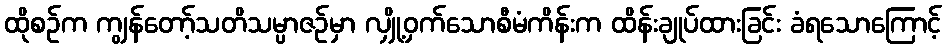
ထိုစဉ်က ကျွန်တော့်သတိသမ္ပာဇဉ်မှာ လျှို့ဝှက်သောစီမံကိန်းက ထိန်းချုပ်ထားခြင်း ခံရသောကြောင့်